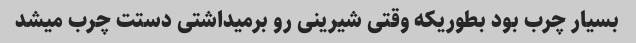
بسیار چرب بود بطوریکه وقتی شیرینی رو برمیداشتی دستت چرب میشد